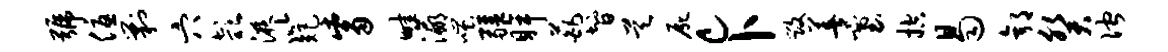
号优剿穴欹液以矩觜畦瀛嗤疆眸葩智昊尸c卜毁善塞控曷郭癸伫